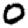
Digit: 0